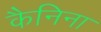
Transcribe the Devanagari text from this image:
कैनिना